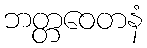
ဘတ္တဝေတနံ